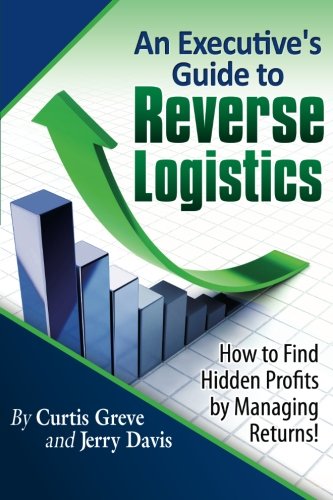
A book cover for An Executive's Guide to Reverse Logistics: How to Find Hidden Profits by Managing Returns; Curtis Greve; Business & Money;